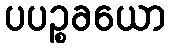
ပပဉ္စခယော